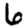
Digit: 6